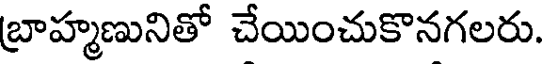
బ్రాహ్మణునితో చేయించుకొనగలరు.